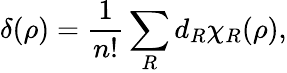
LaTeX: \delta(\rho)=\frac{1}{n!}\sum_{R}^{}d_{R}\chi_{R}(\rho),